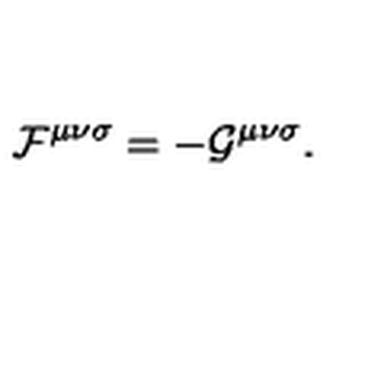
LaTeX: { \cal F } ^ { { \mu } { \nu } { \sigma } } = - { \cal G } ^ { { \mu } { \nu } { \sigma } } .